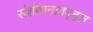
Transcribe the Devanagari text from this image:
संशोधनाबद्द्ल